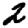
Digit: 2